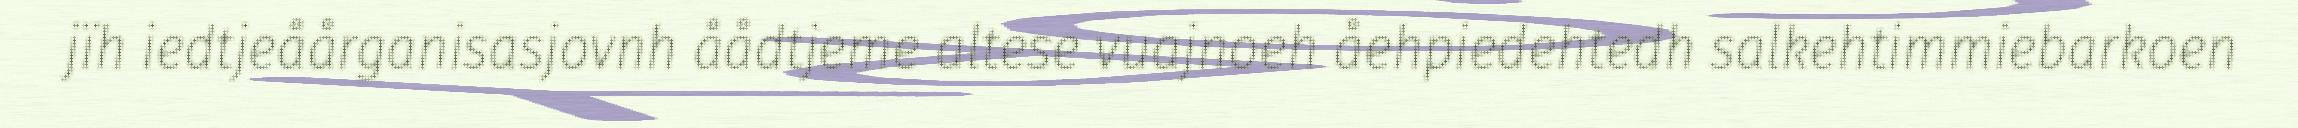
jïh iedtjeåårganisasjovnh åådtjeme altese vuajnoeh åehpiedehtedh salkehtimmiebarkoen